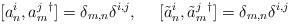
LaTeX: \begin{align*}[a_n^i, a_m^j{}^\dagger ] = \delta_{m,n}\delta^{i,j}, ~~~~[\tilde{a}_n^i, \tilde{a}_m^j{}^\dagger ] = \delta_{m,n}\delta^{i,j}\end{align*}